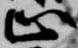
止